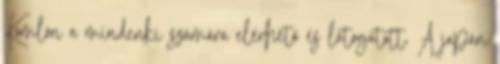
Komlón a mindenki számára elérhető és látogatott. A japán